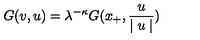
G ( v , u ) = \lambda ^ { - \kappa } G ( x _ { + } , \frac { u } { \mid u \mid } )